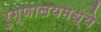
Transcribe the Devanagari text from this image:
रुग्णालयमध्ये